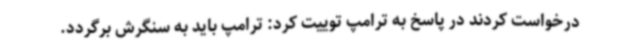
درخواست کردند در پاسخ به ترامپ توییت کرد: ترامپ باید به سنگرش برگردد.